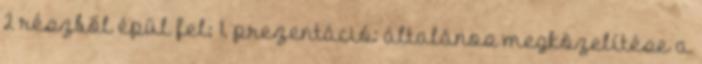
2 részből épül fel: 1. prezentáció: általános megközelítése a